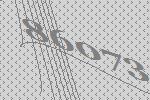
86073